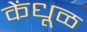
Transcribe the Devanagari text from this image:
केंधूळ